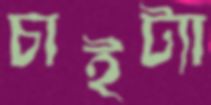
চাইট্যা